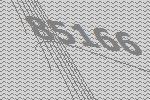
85166